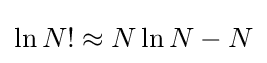
\ln N!\approx N\ln N-N